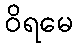
ဝိရမေ